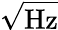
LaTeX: \sqrt{\mathrm{Hz}}